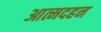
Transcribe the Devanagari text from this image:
आत्मदहन